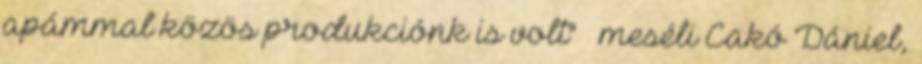
apámmal közös produkciónk is volt" – meséli Cakó Dániel,